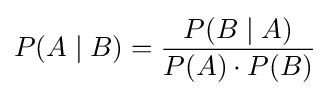
P(A\mid B)={\frac {P(B\mid A)}{P(A)\cdot P(B)}}